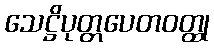
သေဋ္ဌိပုတ္တပေတဝတ္ထု